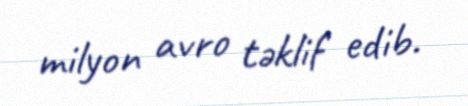
milyon avro təklif edib.